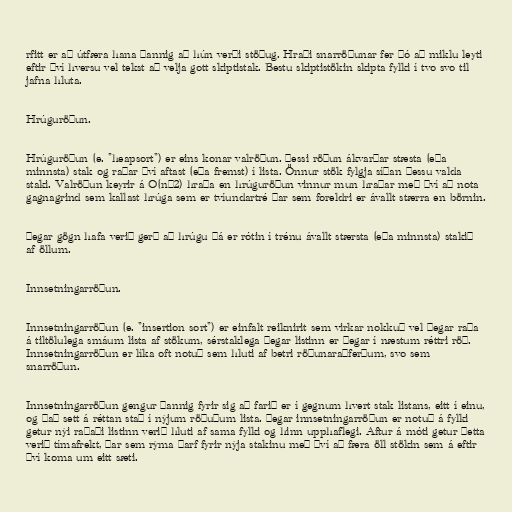
rfitt er að útfæra hana þannig að hún verði stöðug. Hraði snarröðunar fer þó að miklu leyti
eftir því hversu vel tekst að velja gott skiptistak. Bestu skiptistökin skipta fylki í tvo svo til
jafna hluta.

Hrúguröðun.

Hrúguröðun (e. "heapsort") er eins konar valröðun. Þessi röðun ákvarðar stæsta (eða
minnsta) stak og raðar því aftast (eða fremst) í lista. Önnur stök fylgja síðan þessu valda
staki. Valröðun keyrir á O(n^2) hraða en hrúguröðun vinnur mun hraðar með því að nota
gagnagrind sem kallast hrúga sem er tvíundartré þar sem foreldri er ávallt stærra en börnin.

Þegar gögn hafa verið gerð að hrúgu þá er rótin í trénu ávallt stærsta (eða minnsta) stakið
af öllum.

Innsetningarröðun.

Innsetningarröðun (e. "insertion sort") er einfalt reiknirit sem virkar nokkuð vel þegar raða
á tiltölulega smáum lista af stökum, sérstaklega þegar listinn er þegar í næstum réttri röð.
Innsetningarröðun er líka oft notuð sem hluti af betri röðunaraðferðum, svo sem
snarröðun.

Innsetningarröðun gengur þannig fyrir sig að farið er í gegnum hvert stak listans, eitt í einu,
og það sett á réttan stað í nýjum röðuðum lista. Þegar innsetningarröðun er notuð á fylki
getur nýi raðaði listinn verið hluti af sama fylki og hinn upphaflegi. Aftur á móti getur þetta
verið tímafrekt, þar sem rýma þarf fyrir nýja stakinu með því að færa öll stökin sem á eftir
því koma um eitt sæti.